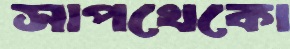
সাপখেকো